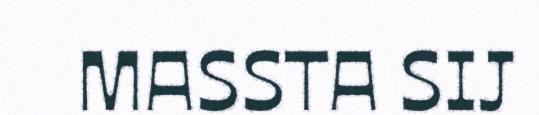
MASSTA SIJ